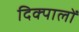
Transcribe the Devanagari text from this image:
दिक्पालों